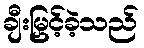
ချီးမြှင့်ခဲ့သည်